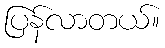
ပြန်လာတယ်။